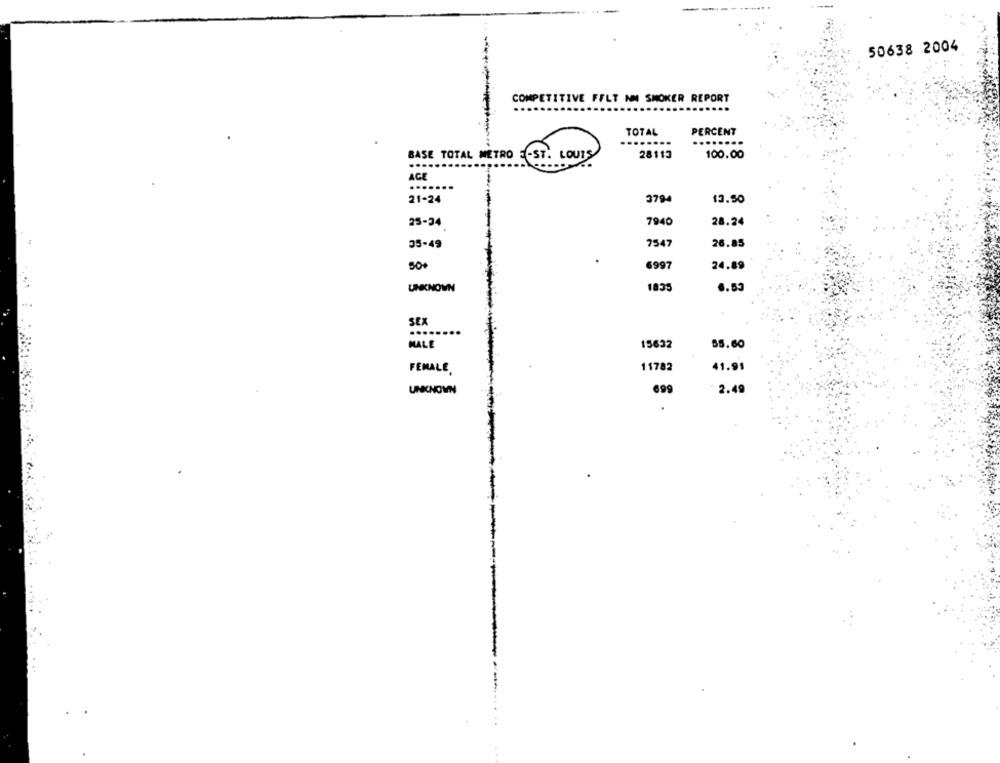
50638 2004
COMPETITIVE FFLT NM SMOKER REPORT
TOTAL
PERCENT
......
BASE TOTAL METRO
-ST
LOUIS
28113
100.00
AGE
21-24
3794
13.50
25-34
7940
28.24
35-49
7547
26.85
50+
6997
24.89
UNKNOWN
1835
6.53
SEX
.....
MALE
15632
55.60
11782
FEMALE
41.91
UNKNOWN
699
2.49